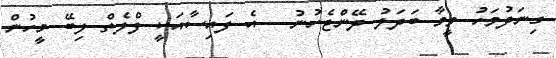
ގިނަދުވަހު ވީމާ ބަދަލު ދޭންޖެހުނު . އެ ފައިސާއަކީ ފްލެތް ލިބޭ މީހުން